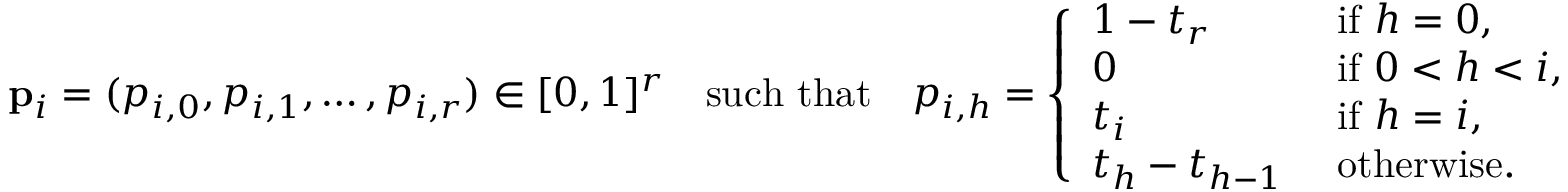
\mathbf { p } _ { i } = ( p _ { i , 0 } , p _ { i , 1 } , \dots , p _ { i , r } ) \in [ 0 , 1 ] ^ { r } \quad \mathrm { s u c h ~ t h a t } \quad p _ { i , h } = \left\{ \begin{array} { l l } { 1 - t _ { r } } & { \mathrm { ~ i f ~ } h = 0 , } \\ { 0 } & { \mathrm { ~ i f ~ } 0 < h < i , } \\ { t _ { i } } & { \mathrm { ~ i f ~ } h = i , } \\ { t _ { h } - t _ { h - 1 } } & { \mathrm { ~ o t h e r w i s e . } } \end{array} \right.